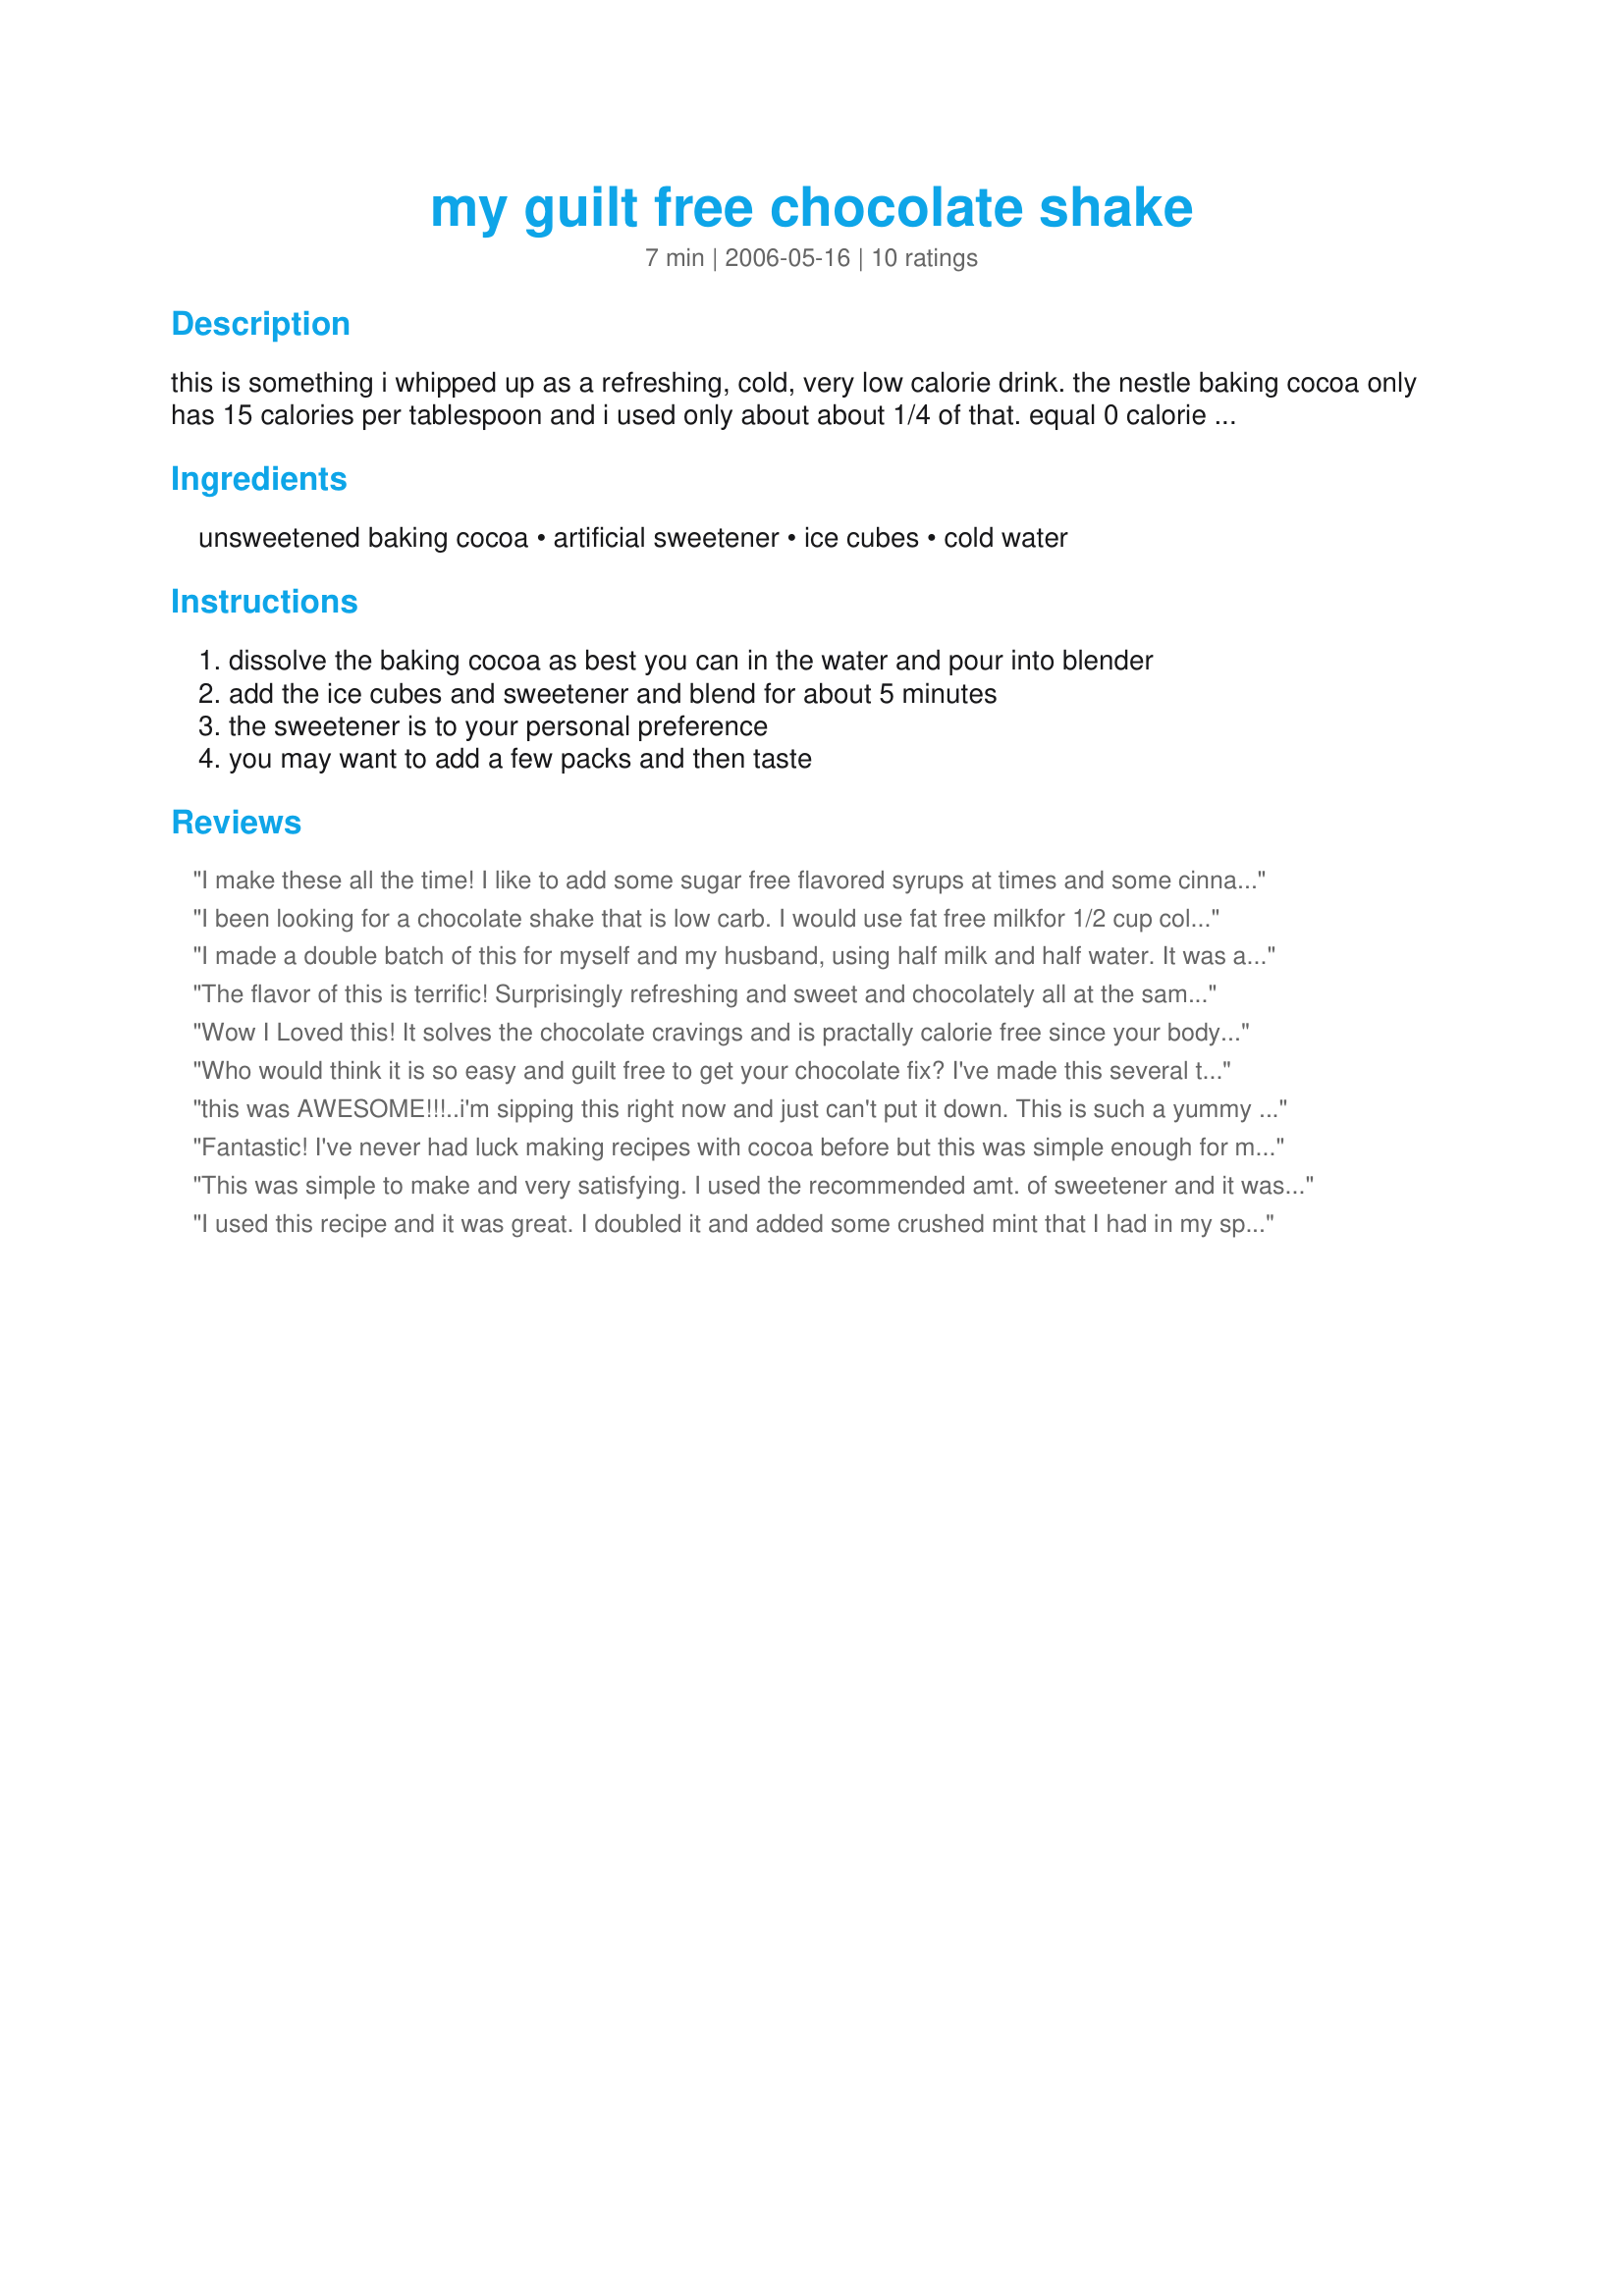
my guilt free chocolate shake
Preparation time: 7 minutes

this is something i whipped up as a refreshing, cold, very low calorie drink.
the nestle baking cocoa only has 15 calories per tablespoon and i used only about about 1/4 of that. equal 0 calorie sweetener makes for a pleasant addition to satisfy your sweet tooth.

Ingredients:
unsweetened baking cocoa, artificial sweetener, ice cubes, cold water

Steps:
dissolve the baking cocoa as best you can in the water and pour into blender, add the ice cubes and sweetener and blend for about 5 minutes, the sweetener is to your personal preference, you may want to add a few packs and then taste

Reviews:
I make these all the time!
I like to add some sugar free flavored syrups at times and some cinnamon!
I usually double the recipe, and make a guilt free afternoon treat that is sure to not ruin my supper!
I been looking for a chocolate shake that is low carb. I would use fat free milkfor 1/2 cup cold water.Thanks
I made a double batch of this for myself and my husband, using half milk and half water. It was alright, but I think next time, I might try using all milk and no water. I might even try using evaporated milk to make it even thicker and creamier. I ended up adding quite a bit of extra sugar; and, when it seemed it just couldn't get enough flavor for me, I started adding chocolate syrup to it, and that helped. I guess I was just looking in the wrong place considering I wasn't after low fat. I believe that I can tweak this enough to my liking. But by the time I'm done, it won't be so healthy any more. Trust me. :)
The flavor of this is terrific! Surprisingly refreshing and sweet and chocolately all at the same time. The texture of mine was very slushy, probably due to my blender (just a little personal-sized tiny blender). So for my own purposes I will maybe use one or two less ice cubes next time... but there will definitely be a next time!!
Wow I Loved this! It solves the chocolate cravings and is practally calorie free since your body also has to use energy to warm it up. Thanks for the recipe!!!
Who would think it is so easy and guilt free to get your chocolate fix? I've made this several times in the past two days. Half a cup of skim milk adds a few calories and gives this shake a much creamier texture. 

Could easily be modified to vanilla shake, pumpkin pie, etc.

YUM!
this was AWESOME!!!..i'm sipping this right now and just can't put it down. This is such a yummy shake that actually has such good chocolate flavor. At first I was skeptical about the flavor considering its just cocoa, water and sweetener and figured i would have to add some sugar-free choc. syrup but after one sip of this deliciousness you have made me a TRUE ADDICT. think i'm guna go make myself shke number two!!!
Fantastic! I've never had luck making recipes with cocoa before but this was simple enough for me and tasted great!
This was simple to make and very satisfying. I used the recommended amt. of sweetener and it was fine. I substituted Droste unsweetened baking chocolate, so the calorie count was 32 calories per tablespoon.
I used this recipe and it was great. I doubled it and added some crushed mint that I had in my spice rack.... all I can say is that I wont be headed to the snowball stand this summer... just to the kitchen.
